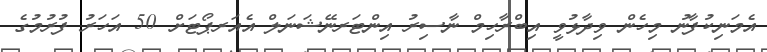
އެމަނިކުފާނު މިހެން ވިދާޅުވީ އިބްރާހިމް ނާސިރު އިންޓަރނޭޝަނަލް އެއަރޕޯޓަށް 50 އަހަރު ފުރުމުގެ